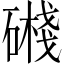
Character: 𥖔